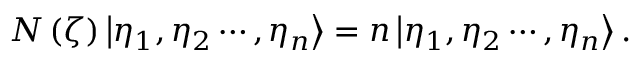
N \left( \zeta \right) \left| \eta _ { 1 } , \eta _ { 2 } \cdots , \eta _ { n } \right\rangle = n \left| \eta _ { 1 } , \eta _ { 2 } \cdots , \eta _ { n } \right\rangle .